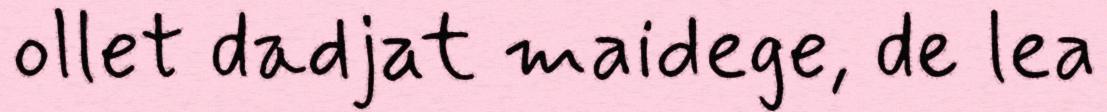
ollet dadjat maidege, de lea